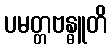
ပမတ္တဗန္ဓူတိ